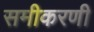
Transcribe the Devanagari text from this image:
समीकरणी